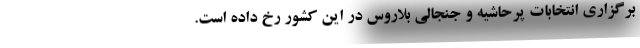
برگزاری انتخابات پرحاشیه و جنجالی بلاروس در این کشور رخ داده است.